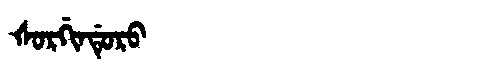
Manchu: ᡧᠣᡵᡤᡳᠨᡩᡠᡵᠣ
Romanization: ŠORGINDURO